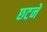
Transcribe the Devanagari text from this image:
छटने